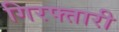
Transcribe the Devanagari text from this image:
गिरफ्तारी